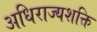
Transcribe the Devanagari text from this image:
अधिराज्यशक्ति